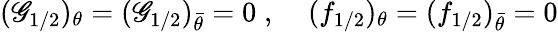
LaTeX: (\mathscr{G}_{1/2})_{\theta}=(\mathscr{G}_{1/2})_{\bar{{\theta}}}=0\; ,\; \; \; \; (f_{1/2})_{\theta}=(f_{1/2})_{\bar{{\theta}}}=0